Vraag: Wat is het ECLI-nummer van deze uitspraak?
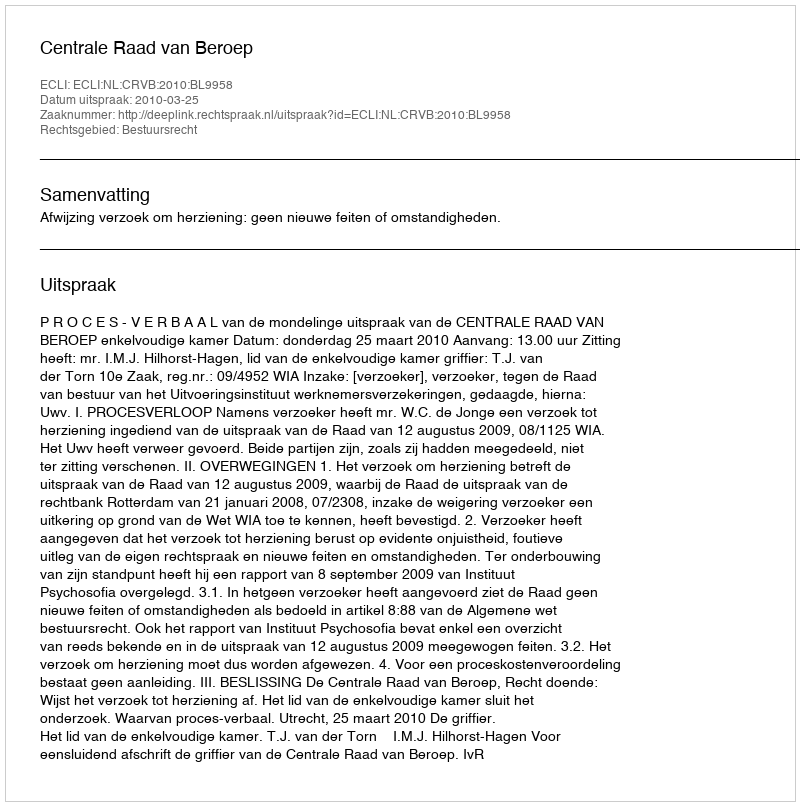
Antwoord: ECLI:NL:CRVB:2010:BL9958